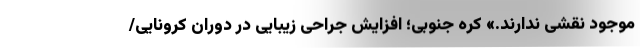
موجود نقشی ندارند.» کره جنوبی؛ افزایش جراحی زیبایی در دوران کرونایی/